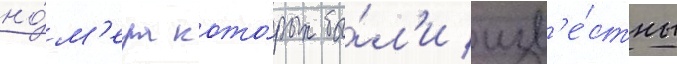
но́м'ера кото́рых бы́л'и изв'е́стны